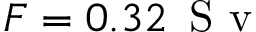
F = 0 . 3 2 \, \mathrm { ~ S ~ v ~ }